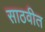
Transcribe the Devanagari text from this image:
साठवीत